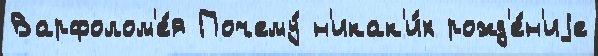
Варфолом'е́я Почему́ н'икак'и́х рожд'е́н'иjе